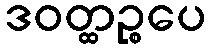
ဒဝတ္ထဉ္စပေ